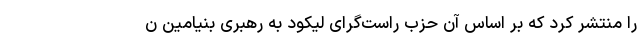
را منتشر کرد که بر اساس آن حزب راست‌گرای لیکود به رهبری بنیامین ن